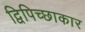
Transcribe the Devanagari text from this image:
द्विपिच्छाकार